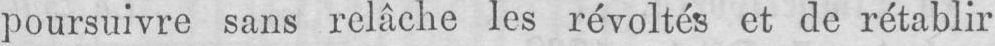
poursuivre sans relâche les révoltés et de rétablir